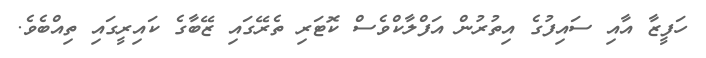
ހަފީޒާ އާއި ސައިފުގެ އިތުރުން އަފްލާކްވެސް ކޮޓަރި ތެރޭގައި ޒޭބާގެ ކައިރީގައި ތިއްބެވެ.